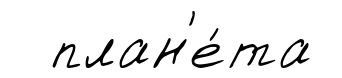
план'е́та